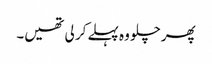
پھر چلو وہ پہلے کر لی تھیں۔